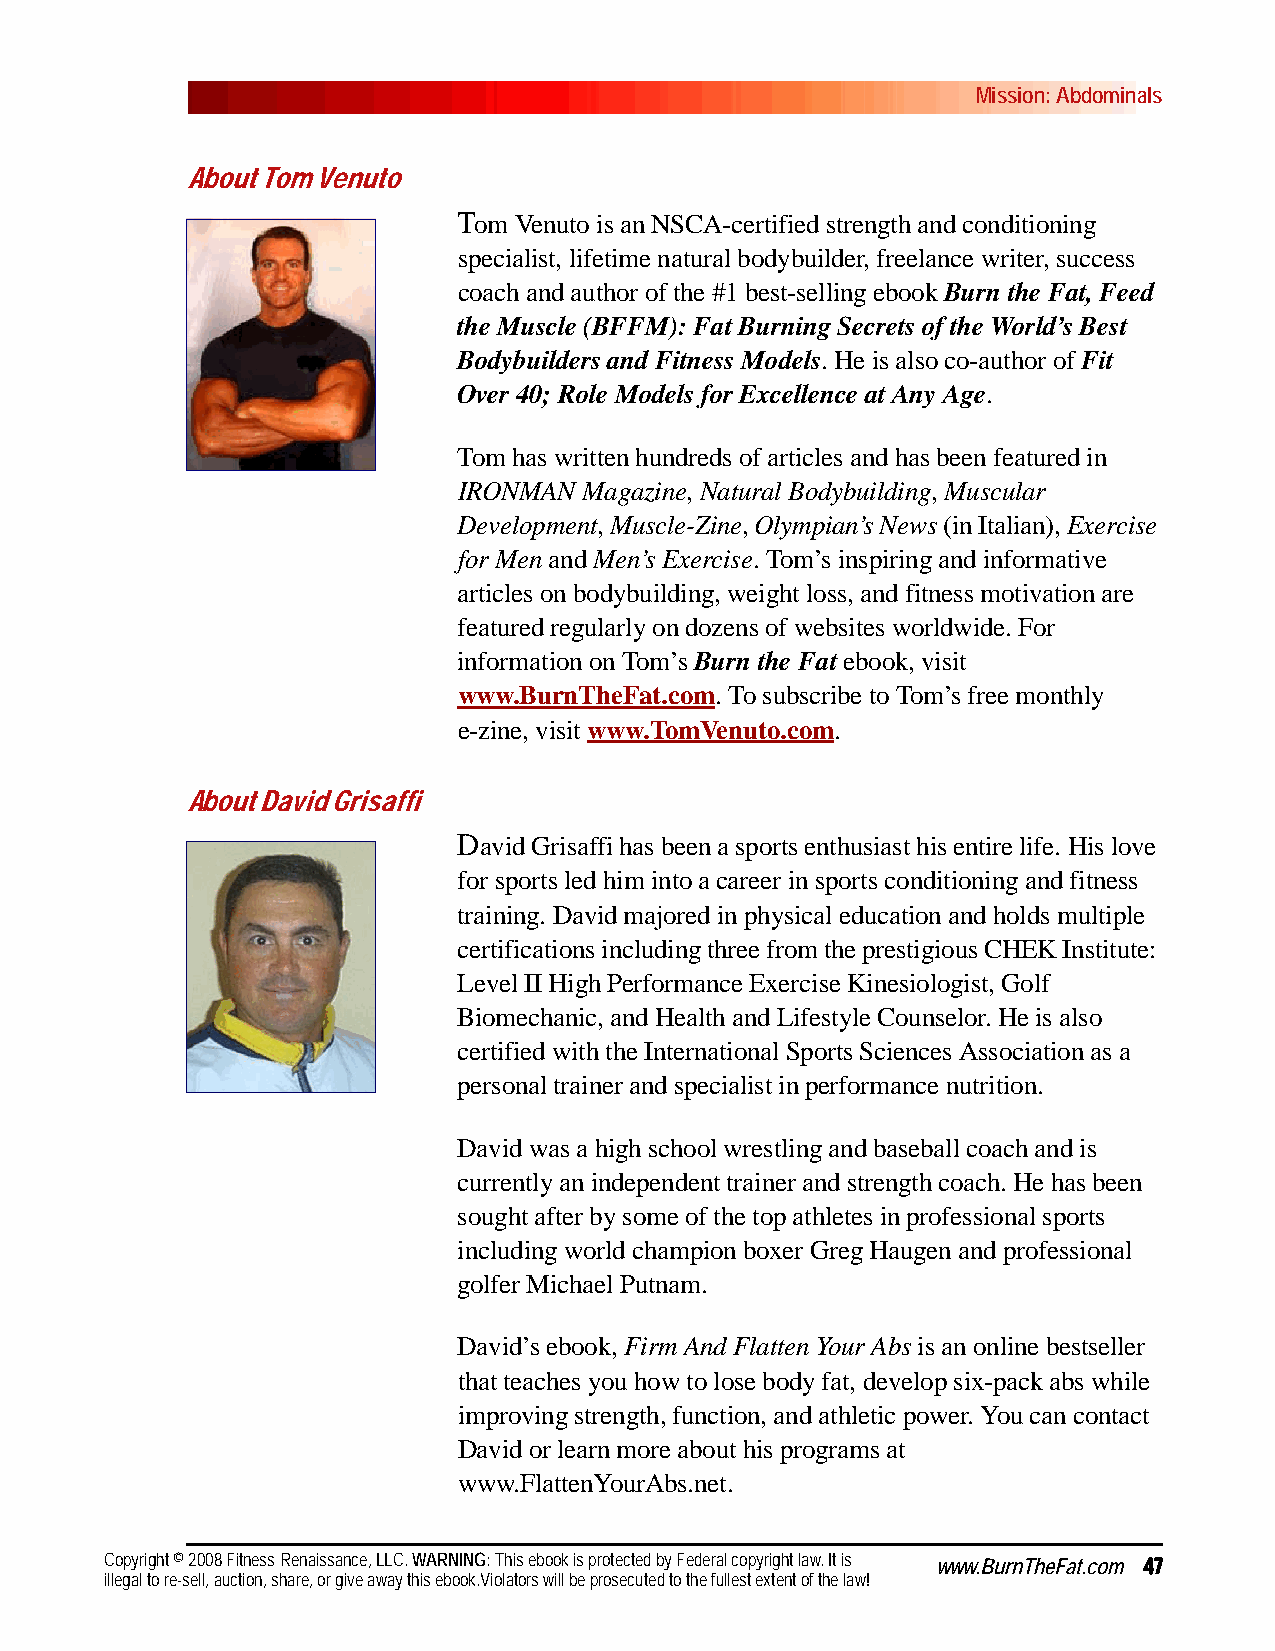
Mission: Abdominals
 About Tom Venuto
 Tom Venuto is an NSCA-certified strength and conditioning
 specialist, lifetime natural bodybuilder, freelance writer, success
 coach and author of the #1 best-selling ebook Burn the Fat, Feed
 the Muscle (BFFM): Fat Burning Secrets of the World’s Best
 Bodybuilders and Fitness Models. He is also co-author of Fit
 Over 40; Role Models for Excellence at Any Age.
 Tom has written hundreds of articles and has been featured in
 IRONMAN  Magazine, Natural Bodybuilding, Muscular
 Development, Muscle-Zine, Olympian’s News (in Italian), Exercise
 for Men and Men’s Exercise. Tom’s inspiring and informative
 articles on bodybuilding, weight loss, and fitness motivation are
 featured regularly on dozens of websites worldwide. For
 information on Tom’s Burn the Fat ebook, visit
 www.BurnTheFat.com. To subscribe to Tom’s free monthly
 e-zine,visit www.TomVenuto.com.
 About David Grisaffi
 David Grisaffi has been a sports enthusiast his entire life. His love
 for sports led him into a career in sports conditioning and fitness
 training. David majored in physical education and holds multiple
 certifications including three from the prestigious CHEK Institute:
 Level II High Performance Exercise Kinesiologist, Golf
 Biomechanic, and Health and Lifestyle Counselor. He is also
 certified with the International Sports Sciences Association as a
 personal trainer and specialist in performance nutrition.
 David was a high school wrestling and baseball coach and is
 currently an independent trainer and strength coach. He has been
 sought after by some of the top athletes in professional sports
 including world champion boxer Greg Haugen and professional
 golfer Michael Putnam.
 David’s ebook, Firm And Flatten Your Abs is an online bestseller
 that teaches you how to lose body fat, develop six-pack abs while
 improving strength, function, and athletic power. You can contact
 David or learn more about his programs at
 www.FlattenYourAbs.net.
 Copyright © 2008 Fitness Renaissance, LLC. WARNING: This ebook is protected by Federal copyright law. It is www.BurnTheFat.com 47
 illegal to re-sell, auction, share, or give away this ebook.Violators will be prosecuted to the fullest extent of the law!